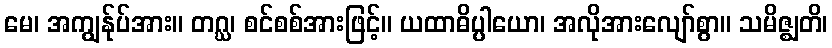
မေ၊ အကျွန်ုပ်အား။ တဂ္ဃ၊ စင်စစ်အားဖြင့်။ ယထာဓိပ္ပါယော၊ အလိုအားလျော်စွာ။ သမိဇ္ဈတိ၊